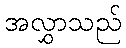
အလွှာသည်